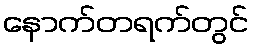
နောက်တရက်တွင်